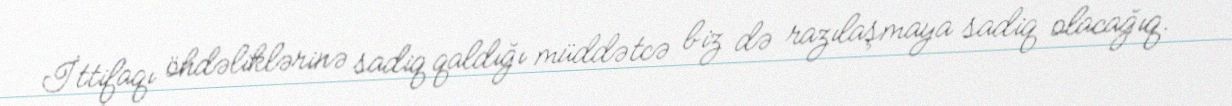
İttifaqı öhdəliklərinə sadiq qaldığı müddətcə biz də razılaşmaya sadiq olacağıq.